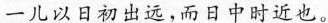
一儿以日初出远，而日中时近也。